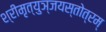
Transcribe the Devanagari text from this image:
श्रीमृत्युञ्जयस्तोत्रम्